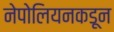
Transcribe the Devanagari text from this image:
नेपोलियनकडून